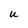
Character: U